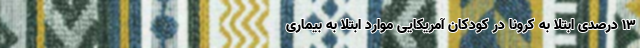
۱۳ درصدی ابتلا به کرونا در کودکان آمریکایی موارد ابتلا به بیماری